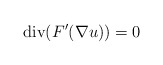
\begin{align*}\mathrm{div}(F^{\prime}(\nabla u))= 0 \end{align*}